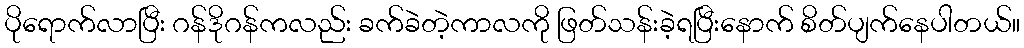
ပိုရောက်လာပြီး ဂန်ဒိုဂန်ကလည်း ခက်ခဲတဲ့ကာလကို ဖြတ်သန်းခဲ့ရပြီးနောက် စိတ်ပျက်နေပါတယ်။